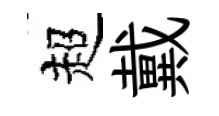
超戴